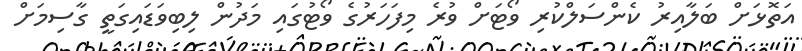
އަތޮޅަށް ބަލާއިރު ކެންސަލްކުރި ވޯޓަށް ވުރެ މިފަހަރުގެ ވޯޓުގައި މަދުން ލިބިވަޑައިގަތީ ގާސިމަށް